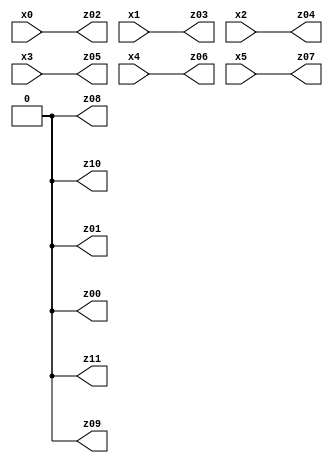
// Benchmark "X_10" written by ABC on Fri May 26 04:01:40 2023

module X_10 ( 
    x0, x1, x2, x3, x4, x5,
    z00, z01, z02, z03, z04, z05, z06, z07, z08, z09, z10, z11  );
  input  x0, x1, x2, x3, x4, x5;
  output z00, z01, z02, z03, z04, z05, z06, z07, z08, z09, z10, z11;
  assign z00 = 1'b0;
  assign z01 = 1'b0;
  assign z02 = x0;
  assign z03 = x1;
  assign z04 = x2;
  assign z05 = x3;
  assign z06 = x4;
  assign z07 = x5;
  assign z08 = 1'b0;
  assign z09 = 1'b0;
  assign z10 = 1'b0;
  assign z11 = 1'b0;
endmodule